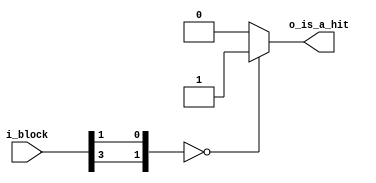

module to_hard_connect(
	i_block,
	o_is_a_hit
    );
	
	input [5:0] i_block;
	output o_is_a_hit;
	
	assign o_is_a_hit = ({i_block[3],i_block[1]} == 2'b00) ? 1'b1 : 1'b0;
	
endmodule


module detecting_to_start(
	i_block,
	o_is_a_hit
    );
	
	input [5:0] i_block;
	output o_is_a_hit;
	
	assign o_is_a_hit = (i_block==6'b111_100 || i_block==6'b111_101) ? 1'b1 : 1'b0;
	
endmodule

module start_to_connect(
	i_block,
	o_is_a_hit
    );
	
	input [5:0] i_block;
	output o_is_a_hit;
	
	assign o_is_a_hit = (i_block==6'b111_000 || i_block==6'b111_001) ? 1'b1 : 1'b0;
	
endmodule

module to_pre_disconnect(
	i_block,
	o_is_a_hit
    );
	
	input [5:0] i_block;
	output o_is_a_hit;
	
	assign o_is_a_hit = ( {i_block[5:4],i_block[2:1]} == 4'b1101 ) ? 1'b1 : 1'b0;
	
endmodule

module pre_disconnect_to_connect(
	i_block,
	o_is_a_hit
    );
	
	input [5:0] i_block;
	output o_is_a_hit;
	
	assign o_is_a_hit = ( i_block==6'b111_100 || i_block==6'b111_101 ) ? 1'b1 : 1'b0;
	
endmodule

module pre_disconnect_to_self(
	i_block,
	o_is_a_hit
    );
	
	input [5:0] i_block;
	output o_is_a_hit;
	
	assign o_is_a_hit = ( {i_block[5],i_block[2:1]} == 3'b111 ) ? 1'b1 : 1'b0;
	
endmodule

module hard_pre_disconnect_to_self(
	i_block,
	o_is_a_hit
    );
	
	input [5:0] i_block;
	output o_is_a_hit;
	
	assign o_is_a_hit = ( i_block[2:1] == 2'b11 ) ? 1'b1 : 1'b0;
	
endmodule

module hard_connect_to_pre_disconnect(
	i_block,
	o_is_a_hit
    );
	
	input [5:0] i_block;
	output o_is_a_hit;
	
	assign o_is_a_hit = ( i_block[2:1] == 2'b01 ) ? 1'b1 : 1'b0;
	
endmodule

module hard_pre_disconnect_to_connect(
	i_block,
	o_is_a_hit
    );
	
	input [5:0] i_block;
	output o_is_a_hit;
	
	assign o_is_a_hit = ( i_block[2:1] == 2'b10 ) ? 1'b1 : 1'b0;
	
endmodule